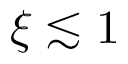
\xi \lesssim 1